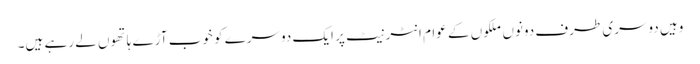
وہیں دوسری طرف دونوں ملکوں کے عوام انٹرنیٹ پر ایک دوسرے کو خوب آڑے ہاتھوں لے رہے ہیں۔